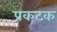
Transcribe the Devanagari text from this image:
प्रकटक